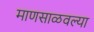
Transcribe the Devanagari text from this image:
माणसाळवल्या